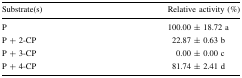
<table><thead><tr><td><b>Substrate(s)</b></td><td><b>Relative activity (%)</b></td></tr></thead><tbody><tr><td>P</td><td>100.00 ± 18.72 a</td></tr><tr><td>P + 2-CP</td><td>22.87 ± 0.63 b</td></tr><tr><td>P + 3-CP</td><td>0.00 ± 0.00 c</td></tr><tr><td>P + 4-CP</td><td>81.74 ± 2.41 d</td></tr></tbody></table>